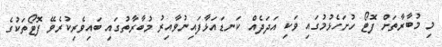
މި މުބާރާތަށް ފޮޓޯ ހުށަހެޅުމުގައި ވަކި އަދަދެއް ކަނޑައަޅާފައިނުވާއިރު މުބާރާތުގައި ބައިވެރިކުރެވޭ ފޮޓޯތަކުގެ